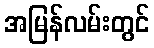
အမြန်လမ်းတွင်